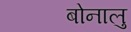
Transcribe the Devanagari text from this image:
बोनालु